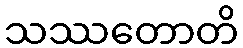
သဿတောတိ